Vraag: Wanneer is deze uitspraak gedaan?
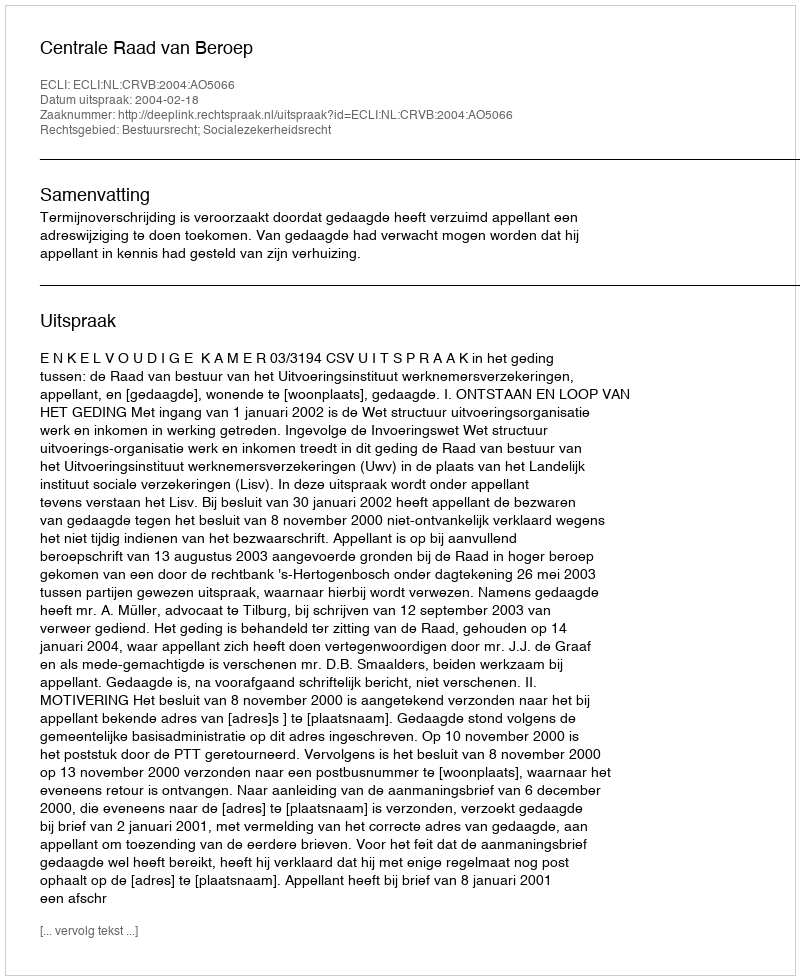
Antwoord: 2004-02-18